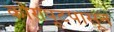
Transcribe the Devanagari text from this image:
कोरापूटपासून